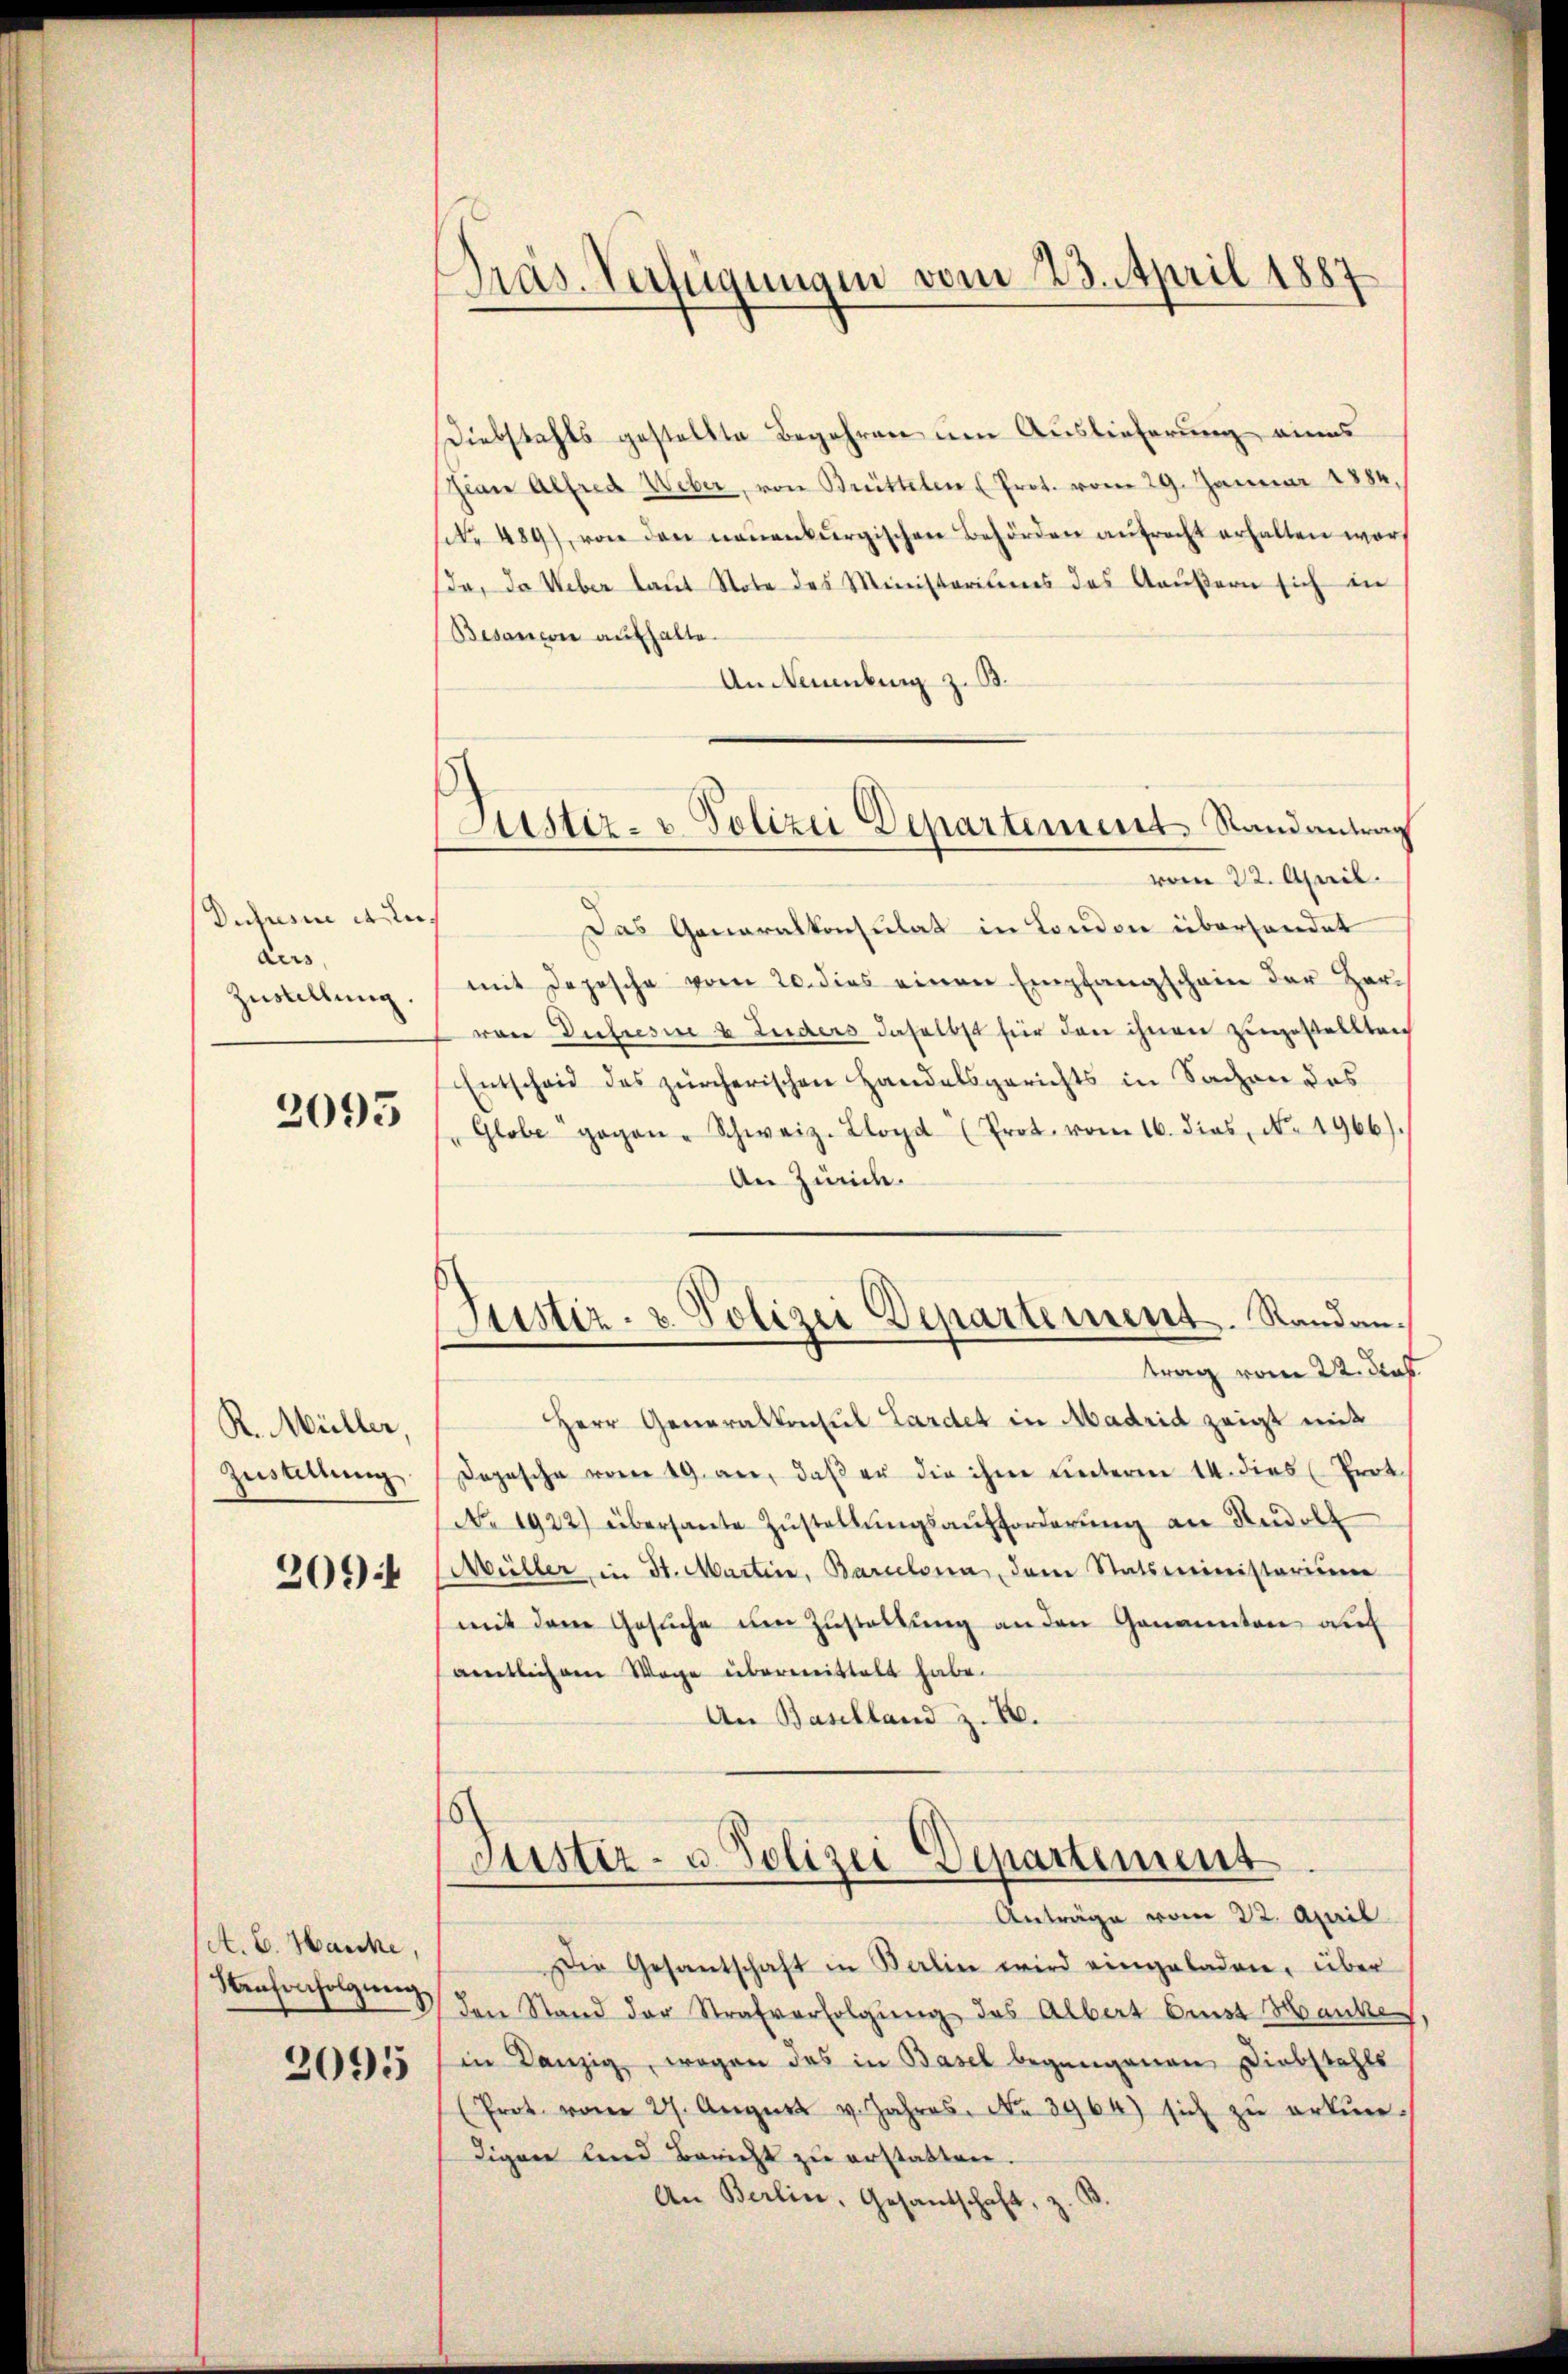
Dususi elle.
aus,
Zustellung

2093

R. Müller,
Zustellung

2094

A. E. Hancke,

2095

Präs. Verfügungen vom 23. April 1887

Diebstahls gestellte Begehren um Auslieferung eines
Gian Alfred Weber, von Brüttelen (Prot. vom 29. Januar 1884,
sit. 489), von den neuenburgischen Behörden aufrecht erhalten wor
da, da Weber laŭt Note des Ministeriums des Aeußern sich in
Besanen aufhalte.
An Neuenburg z. B.
vom 22. April.
Das Generalkonsulat in London überhandet
mit Depesche vom 20. dies einen Empfangschein der Hervon Duhresne 8 Luders daselbst für den ihnen zugestellten
Entscheid des zürcherischen Handelsgerichts in Sachen das
Globe gegen-Schweiz. Lloyd (Prot. vom 16. dies, No. 1966).
An Zürich.
Justiz- & Polizei Departement. Randantrag vom 22. das
Herr Generalkonsul Lardet in Madrid zeigt mit
Dopische vom 19. an, daß er die ihm unterm 14. dies (Prot.
No 1922) übersante Zŭstellŭngsaufforderŭng an Rudol
Müller in St. Martine, Barcelona, dem Statsministerium
mit dem Gesŭche um Zustattung an den Genannten auf
aemtlichen Wege übermittelt habe.
An Baselland z. B.
Justiz- u. Polizei Departement
Anträge vom 22. April
Die Gesantschaft in Berlin wird eingeladen, über
henfonfolgung den Stand der Strafverfolgung des Albert bist Hanke
in Danzig, wegen des in Basel begangenen Diebstahls
(Prot. vom 27. August v. Jahres. No. 3964) sich zŭ erkŭn-
digen lind Bericht zu erstatten.
An Berlin, Gesandschaft, z.

Justiz- & Polizei Departement. Randantrag